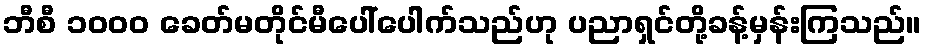
ဘီစီ ၁၀၀၀ ခေတ်မတိုင်မီပေါ်ပေါက်သည်ဟု ပညာရှင်တို့ခန့်မှန်းကြသည်။